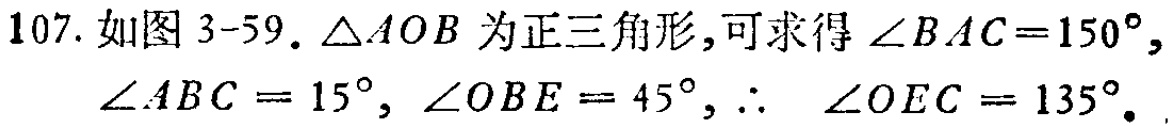
107. 如图 3-59. $\triangle AOB$ 为正三角形,可求得 $\angle BAC = 150^{\circ},$
$\angle ABC = 15^{\circ}, \angle OBE = 45^{\circ}, \therefore$ $\angle OEC = 135^{\circ}.$